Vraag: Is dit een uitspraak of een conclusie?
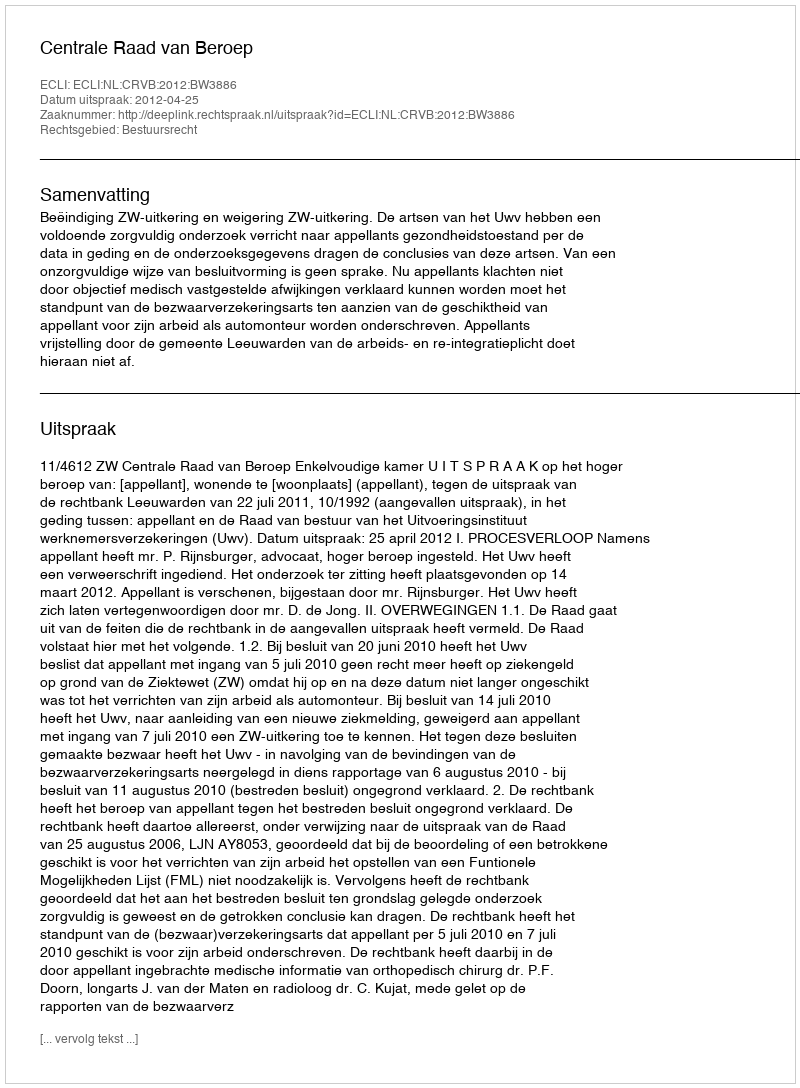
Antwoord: Uitspraak